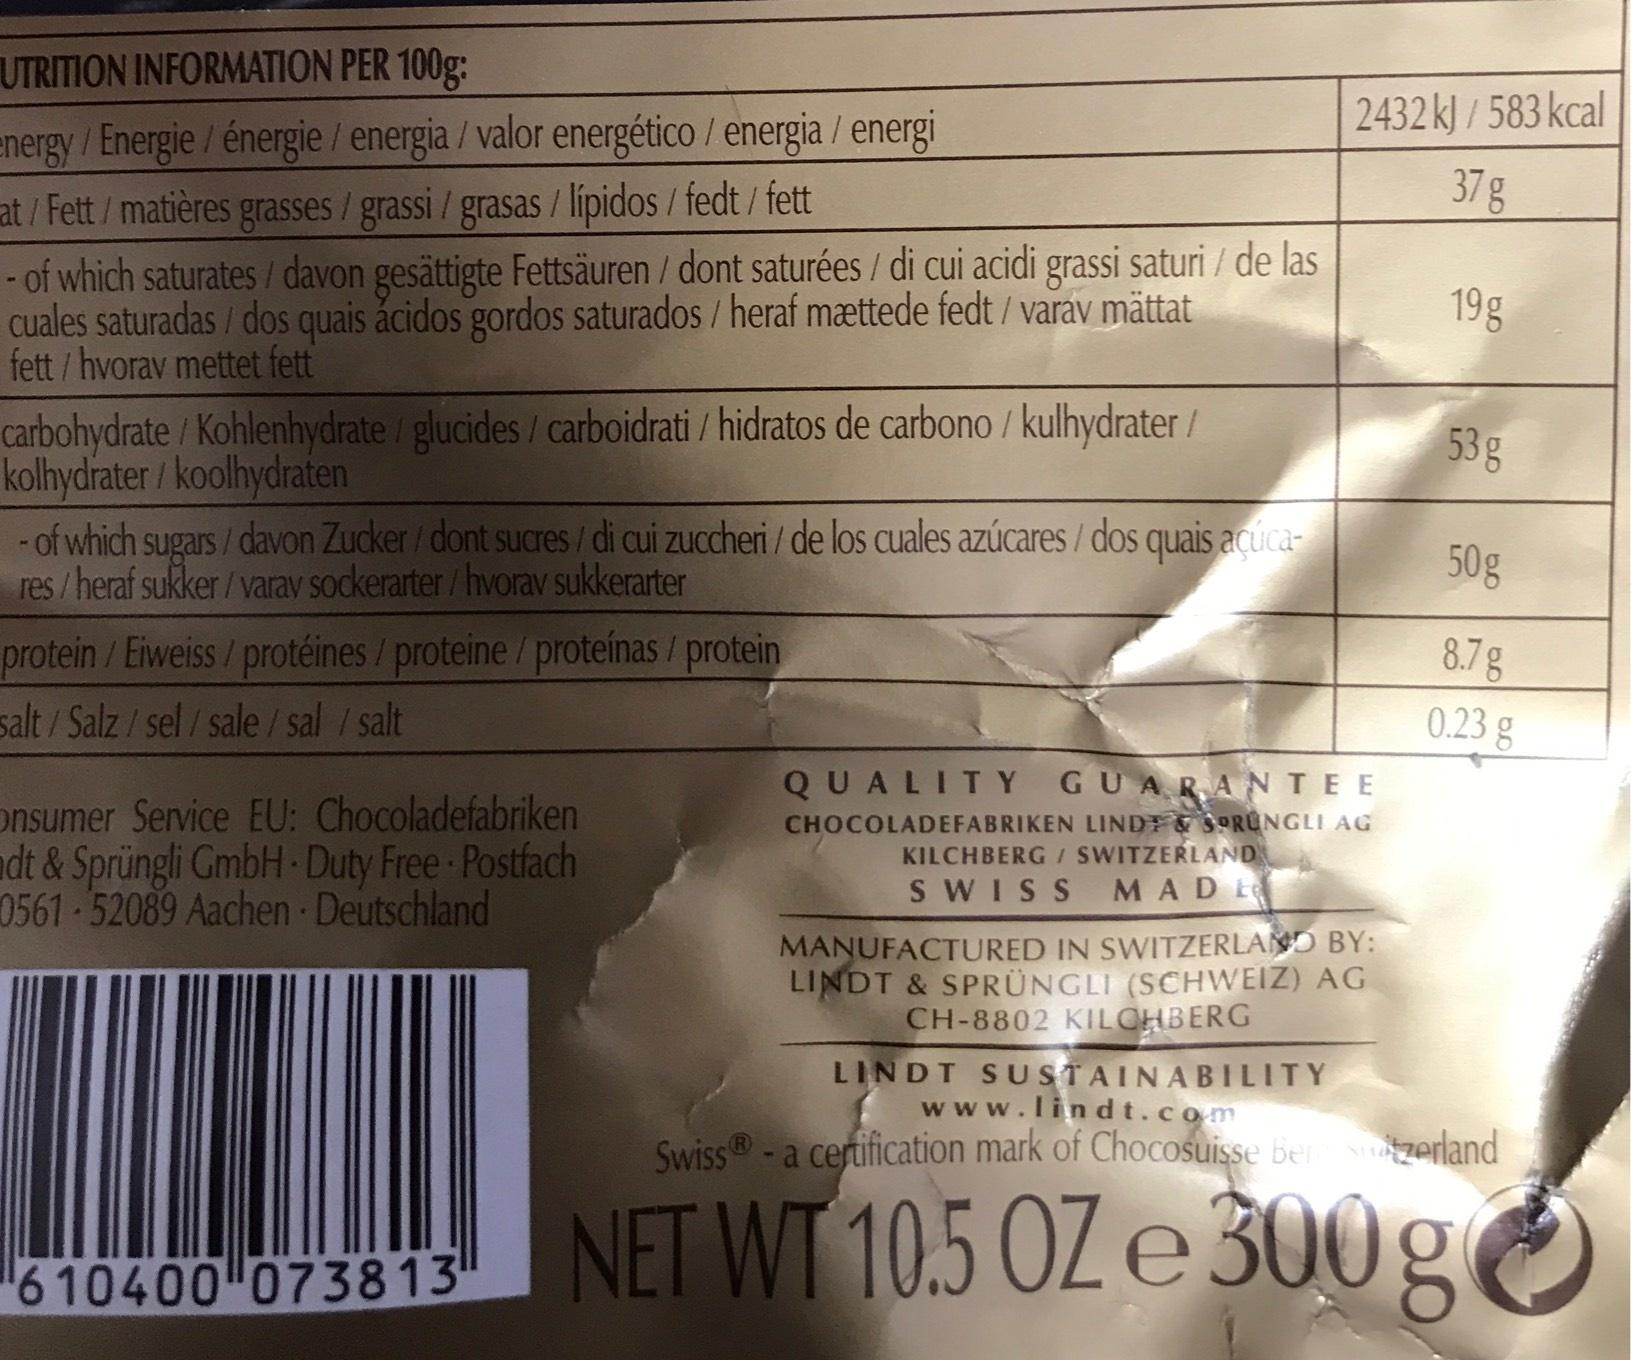
UTRITION INFORMATION PER 100g:
energy / Energie / énergie / energia / valor energético / energia / energi
at / Fett / matières grasses / grassi / grasas / lípidos / fedt / fett
- of which saturates / davon gesättigte Fettsäuren / dont saturées / di cui acidi grassi saturi / de las cuales saturadas / dos quais ácidos gordos saturados / heraf mættede fedt / varav mättat fett/ hvorav mettet fett
carbohydrate/Kohlenhydrate/ glucides / carboidrati / hidratos de carbono / kulhydrater/ kolhydrater / koolhydraten
- of which sugars/davon Zucker/dont sucres / di cui zuccheri / de los cuales azúcares / dos quais açúcares/heraf sukker/varav sockerarter/hvorav sukkerarter
protein / Eiweiss / protéines / proteine / proteínas / protein
salt/Salz / sel/sale/ sal / salt
Onsumer Service EU: Chocoladefabriken ndt & Sprüngli GmbH Duty Free - Postfach 0561-52089 Aachen Deutschland
610400 073813
2432 kJ/583 kcal 37 g
19g
QUALITY GUARANTEE CHOCOLADEFABRIKEN LINDT & SPRUNGLI AG KILCHBERG / SWITZERLAND
SWISS MADE
MANUFACTURED IN SWITZERLAND BY: LINDT & SPRÜNGLI (SCHWEIZ) AG CH-8802 KILCHBERG
LINDT SUSTAINABILITY
53 g
50g
8.7 g
0.23 g
www.lindt.com
Swiss® - a certification mark of Chocosuisse Berk Switzerland
NET WT 10.5 OZ e 300 g